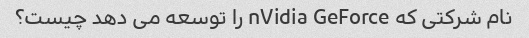
نام شرکتی که nVidia GeForce را توسعه می دهد چیست؟